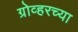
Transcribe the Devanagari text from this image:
ग्रोव्हरच्या